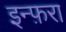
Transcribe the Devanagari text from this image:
इन्फ़रा